Report on the working of the Ranchi Indian Mental Hospital, Kanke, in Bihar and Orissa - 1930-1940
Year: 1930
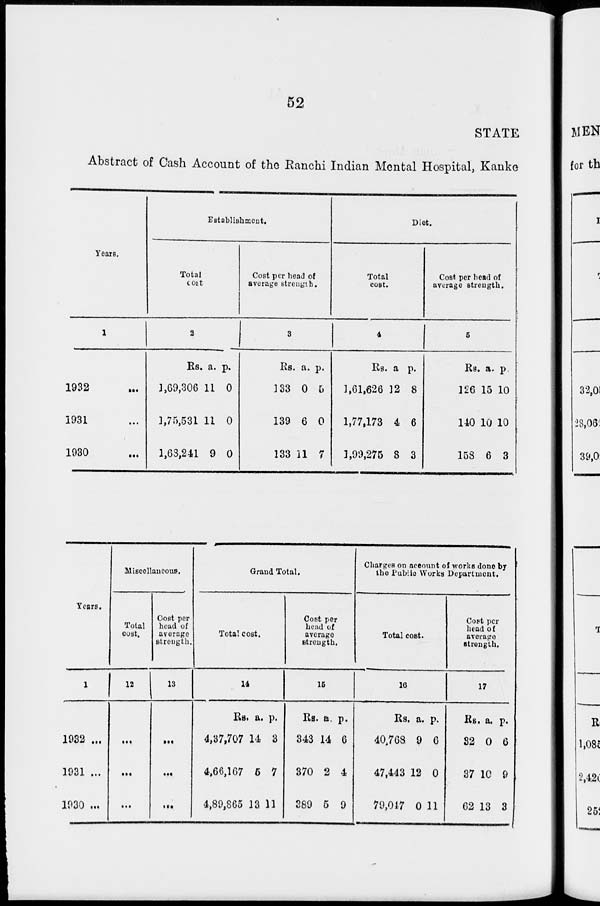
52
STATE
Abstract of Cash Account of the Ranchi Indian Mental Hospital, Kanke
Years.
1
1932 ...
1931 ...
1930 ...
Establishment.
Total
cost.
2
Rs.
1,69,306
1,75,531
1,68,241
a.
11
11
9
p.
0
0
0
Cost per head of
average strength.
3
Rs.
133
139
133
a.
0
6
11
p.
5
0
7
Diet.
Total
cost.
4
Rs.
1,61,626
1,77,173
1,99,275
a.
12
4
8
p.
8
6
3
Cost per head of
average strength.
5
Rs.
126
140
158
a.
15
10
6
p.
10
10
3
Years.
1
1932 ...
1931 ...
1930 ...
Miscellaneous.
Total
cost.
12
...
...
...
Cost per
head of
average
strength.
13
...
...
...
Grand Total.
Total cost.
14
Rs.
4,37,707
4,66,167
4,89,865
a.
14
5
13
p.
3
7
11
Cost per
head of
average
strength.
15
Rs.
343
370
389
a.
14
2
5
p.
6
4
9
Charges on account of works done by
the Public Works Department.
Total cost.
16
Rs.
40,768
47,443
79,047
a.
9
12
0
p.
6
0
11
Cost per
head of
average
strength.
17
Rs.
32
37
62
a.
0
10
13
p.
6
9
3